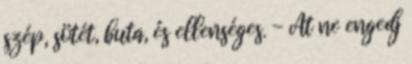
szép, sötét, buta, és ellenséges. - Át ne engedj